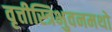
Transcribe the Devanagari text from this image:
वृत्तीस्त्रिभुवनमथो